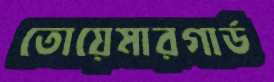
তোয়েমারগার্ড